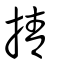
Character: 掅